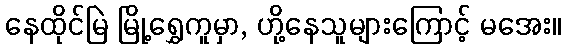
နေထိုင်မြဲ မြို့ရွှေကူမှာ, ဟို့နေသူများကြောင့် မအေး။